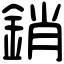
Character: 銷